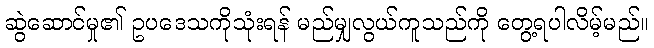
ဆွဲဆောင်မှု၏ ဥပဒေသကိုသုံးရန် မည်မျှလွယ်ကူသည်ကို တွေ့ရပါလိမ့်မည်။